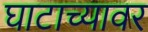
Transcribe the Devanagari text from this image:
घाटाच्यावर